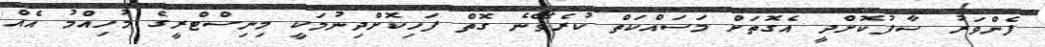
ފެންވަރު ސާފުކޮށްދީ އެގޮތަށް މަސައްކަތް ކުރެވޭނެ ގޮތް ފަހިކޮށްދިނުމަކީ މިނިސްޓްރީގެ މުހިއްމު އެއް